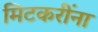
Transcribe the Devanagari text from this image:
मिटकरींना